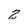
Character: 2